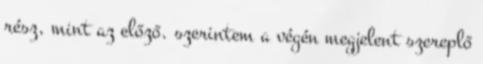
rész, mint az előző. szerintem a végén megjelent szereplő